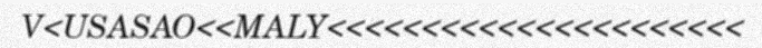
V<USASAO<<MALY<<<<<<<<<<<<<<<<<<<<<<